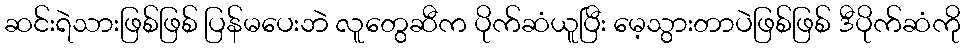
ဆင်းရဲသားဖြစ်ဖြစ် ပြန်မပေးဘဲ လူတွေဆီက ပိုက်ဆံယူပြီး မေ့သွားတာပဲဖြစ်ဖြစ် ဒီပိုက်ဆံကို